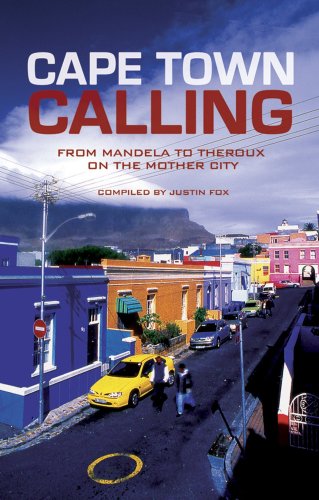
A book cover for Cape Town Calling: From Mandela to Theroux on the Mother City; Justin Fox; Travel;